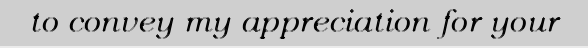
to convey my appreciation for your